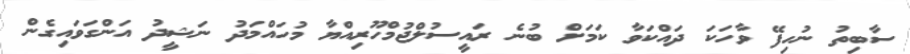
ސާބިތު ނުހިފޭ ވާހަކަ ދައްކަވާ ކަމަށް ބުނެ ރައީސުލްޖުމްހޫރިއްޔާ މުހައްމަދު ނަޝީދު އަންގަވައިގެން